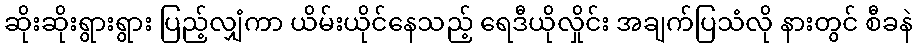
ဆိုးဆိုးရွားရွား ပြည့်လျှံကာ ယိမ်းယိုင်နေသည့် ရေဒီယိုလှိုင်း အချက်ပြသံလို နားတွင် စီခနဲ